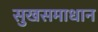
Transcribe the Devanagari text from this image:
सुखसमाधान